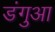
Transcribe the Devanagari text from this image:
डंगुआ